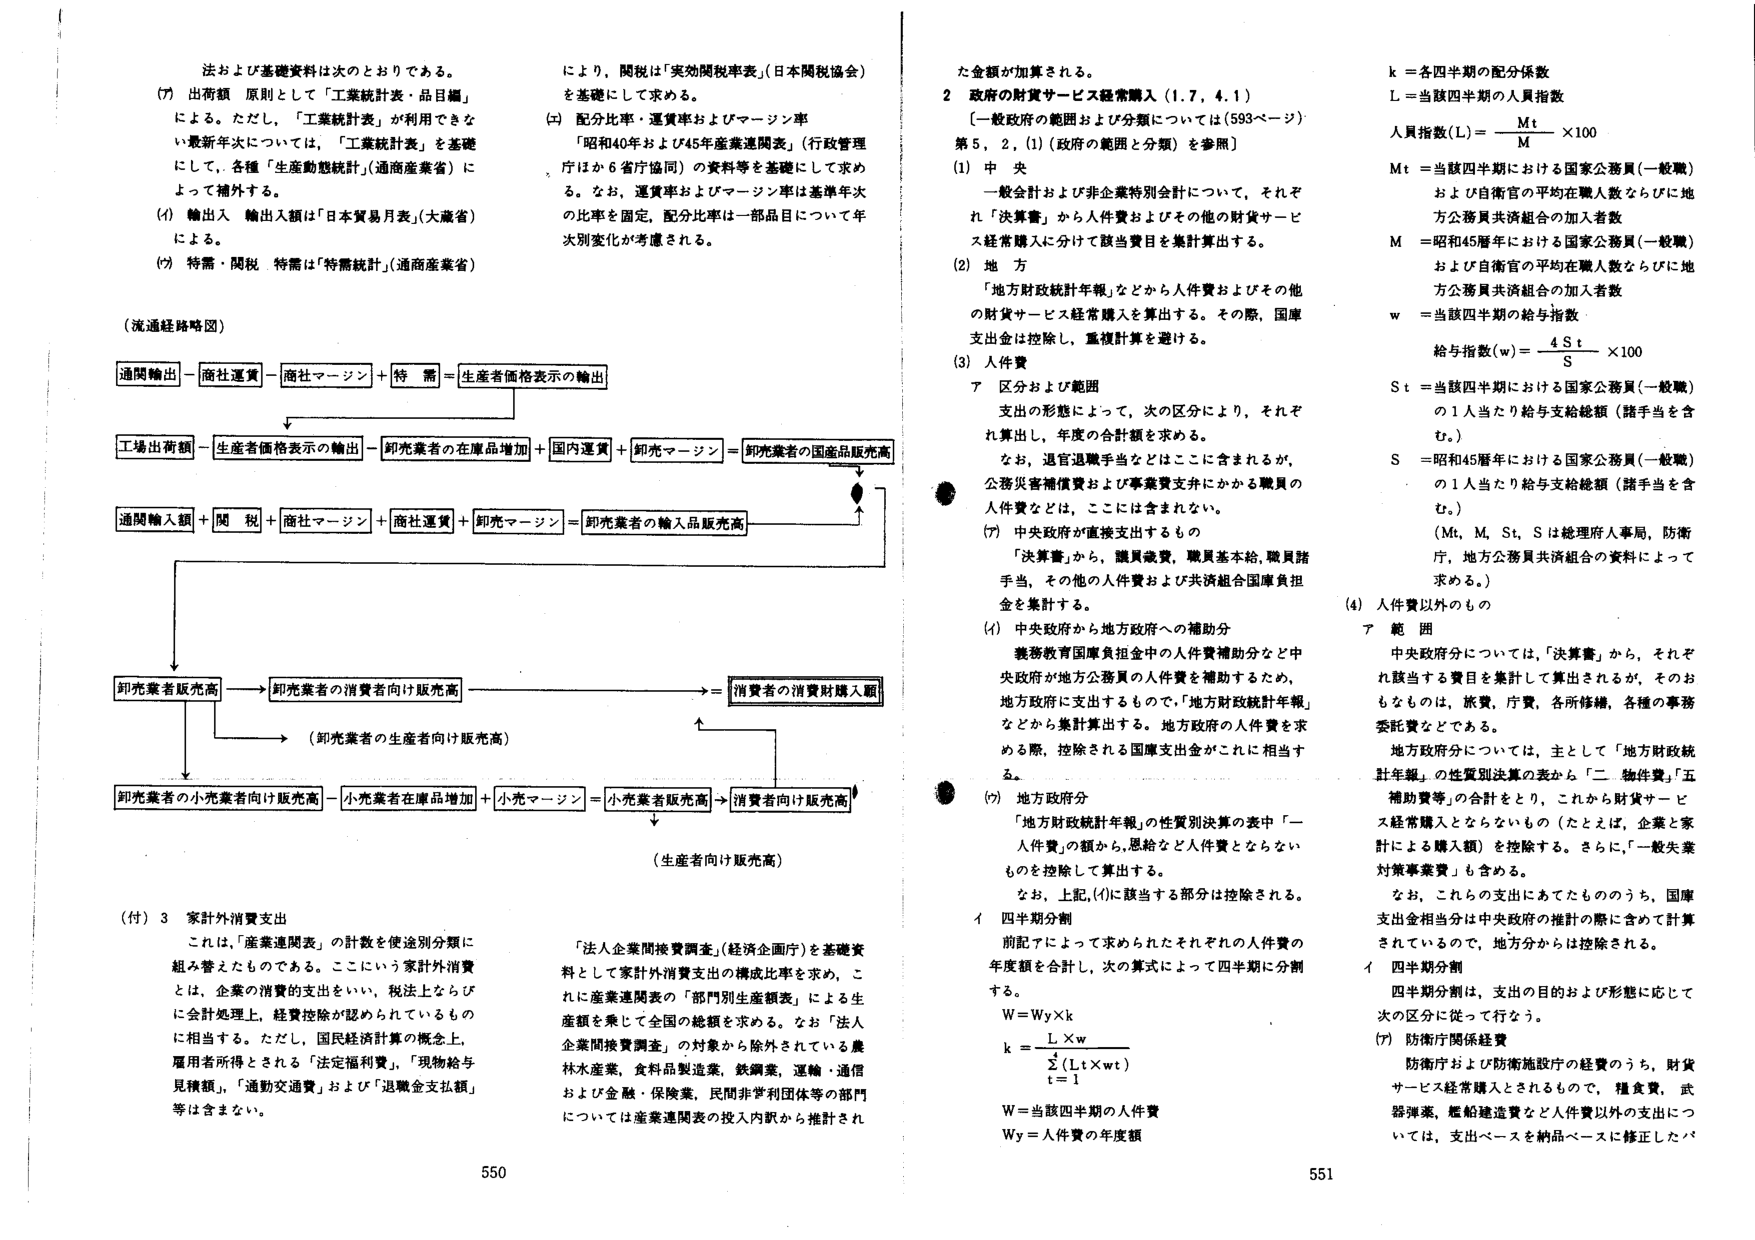
法および基礎資料は次のとおりである。

(ア) 出荷額　原則として「工業統計表・品目編」
によると。ただし、「工業統計表」が利用できな
い最新年次については、「工業統計表」を基礎
にして、各種「生産動態統計」（通商産業省）に
よって補外する。

(イ) 輸出入　輸出入額は「日本貿易月表」（大蔵省）
による。

(ウ) 特需・関税　特需は「特需統計」（通商産業省）
により、関税は「実効関税率表」（日本関税協会）
を基礎にして求める。

(エ) 配分比率・運賃率およびマージン率
「昭和40年および45年産業連関表」（行政管理
庁ほか6省庁協同）の資料等を基礎にして求め
る。なお、運賃率およびマージン率は基準年次
の比率を固定、配分比率は一部品目について年
次別変化が考慮される。

（流通経路略図）

通関輸出－商社運賃－商社マージン＋特需＝生産者価格表示の輸出
　　　　　　　　　　　　　　　　　　　　　　↓
工場出荷額－生産者価格表示の輸出－卸売業者の在庫品増加＋国内運賃＋卸売マージン＝卸売業者の国産品販売高
　　　　　　　　　　　　　　　　　　　　　　　　　　　　　　　　　　　　　　　　　　　　　　　　　　↓
通関輸入額＋関税＋商社マージン＋商社運賃＋卸売マージン＝卸売業者の輸入品販売高
　　　　　　　　　　　　　　　　　　　　　　　　　　　　　　　　　　　　　　　　　　　　　　　　　　↓
卸売業者販売高→卸売業者の消費者向け販売高　　　　　　　　　　　　　　　　　　　　　　　　　　　　　＝消費者の消費財購入額
　　　　　　　　　　　　　　　　　　　　　　　　　　　　　　　　　　　　　　　　　　　　　　　　　　↑
　　　　　　　　　　　　　　　　　　　　　　　　　　　　　　　　　　　　　　　　　　　　　　　　　　（卸売業者の生産者向け販売高）
　　　　　　　　　　　　　　　　　　　　　　　　　　　　　　　　　　　　　　　　　　　　　　　　　　↓
卸売業者の小売業者向け販売高－小売業者在庫品増加＋小売マージン＝小売業者販売高→消費者向け販売高
　　　　　　　　　　　　　　　　　　　　　　　　　　　　　　　　　　　　　　　　　　　　　　　　　　↓
　　　　　　　　　　　　　　　　　　　　　　　　　　　　　　　　　　　　　　　　　　　　　　　　　　（生産者向け販売高）

（付）3　家計外消費支出
これは、「産業連関表」の計数を使途別分類に
組み替えたものである。ここにいう家計外消費
とは、企業の消費の支出をいい、税法上ならび
に会計処理上、経費控除が認められているもの
に相当する。ただし、国民経済計算の概念上、
雇用者所得とされる「法定福利費」、「現物給与
見積額」、「通勤交通費」および「退職金支払額」
等は含まない。

「法人企業間接費調査」（経済企画庁）を基礎資
料として家計外消費支出の構成比率を求め、こ
れに産業連関表の「部門別生産額表」による生
産額を乗じて全国の総額を求める。なお「法人
企業間接費調査」の対象から除外されている農
林水産業、食料品製造業、鉄鋼業、運輸・通信
および金融・保険業、民間非営利団体等の部門
については産業連関表の投入内訳から推計され

た金額が加算される。

2　政府の財貨サービス経常購入（1.7，4.1）
〔一般政府の範囲および分類については（593ページ）：
第5，2，(1)（政府の範囲と分類）を参照〕

(1) 中央
一般会計および非企業特別会計について、それぞ
れ「決算書」から人件費およびその他の財貨サービ
ス経常購入に分けて該当費目を集計算出する。

(2) 地方
「地方財政統計年報」などから人件費およびその他
の財貨サービス経常購入を算出する。その際、国庫
支出金は控除し、重複計算を避ける。

(3) 人件費
ア　区分および範囲
支出の形態によって、次の区分により、それぞ
れ算出し、年度の合計額を求める。

なお、退官退職手当などはここに含まれるが、
公務災害補償費および事業費支出にかかる職員の
人件費などは、ここには含まれない。

(ア) 中央政府が直接支出するもの
「決算書」から、職員歳費、職員基本給、職員諸
手当、その他の人件費および共済組合国庫負担
金を集計する。

(イ) 中央政府から地方政府への補助分
義務教育国庫負担金中の人件費補助分など中
央政府が地方公務員の人件費を補助するため、
地方政府に支出するもので、「地方財政統計年報」
などから集計算出する。地方政府の人件費を求
める際、控除される国庫支出金がこれに相当す
る。

(ウ) 地方政府分
「地方財政統計年報」の性質別決算の表中「一
人件費」の額から、恩給など人件費とならない
ものを控除して算出する。

なお、上記、(イ)に該当する部分は控除される。

イ　四半期分割
前記アによって求められたそれぞれの人件費の
年度額を合計し、次の算式によって四半期に分割
する。

W＝Wy×k
k＝　L×w
　　Σ(Lt×wt)
　　t＝1

W＝当該四半期の人件費
Wy＝人件費の年度額

k＝各四半期の配分係数
L＝当該四半期の人員指数

人員指数(L)＝　Mt　×100
　　　　　　　M

Mt＝当該四半期における国家公務員（一般職）
および自衛官の平均在職人数ならびに地
方公務員共済組合の加入者数

M＝昭和45暦年における国家公務員（一般職）
および自衛官の平均在職人数ならびに地
方公務員共済組合の加入者数

w＝当該四半期の給与指数

給与指数(w)＝　4St　×100
　　　　　　　S

St＝当該四半期における国家公務員（一般職）
の1人当たり給与支給総額（諸手当を含
む。）

S＝昭和45暦年における国家公務員（一般職）
の1人当たり給与支給総額（諸手当を含
む。）

（Mt，M，St，Sは総理府人事局、防衛
庁、地方公務員共済組合の資料によって
求める。）

(4) 人件費以外のもの
ア　範囲
中央政府分については、「決算書」から、それぞ
れ該当する費目を集計して算出されるが、そのお
もなものは、旅費、庁費、各所修繕、各種の事務
委託費などである。

地方政府分については、主として「地方財政統
計年報」の性質別決算の表から「二　物件費」「五
補助費等」の合計をとり、これから財貨サービ
ス経常購入とならないもの（たとえば、企業と家
計による購入額）を控除する。さらに、「一般失業
対策事業費」も含める。

なお、これらの支出にあてたもののうち、国庫
支出金相当分は中央政府の推計の際に含めて計算
されているので、地方分からは控除される。

イ　四半期分割
四半期分割は、支出の目的および形態に応じて
次の区分に従って行う。

(ア) 防衛庁関係経費
防衛庁および防衛施設庁の経費のうち、財貨
サービス経常購入とされるもので、糧食費、武
器弾薬、艦船建造費など人件費以外の支出につ
いては、支出ベースを納品ベースに修正したバ

550
551